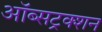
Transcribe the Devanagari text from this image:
ऑब्सट्रक्शन